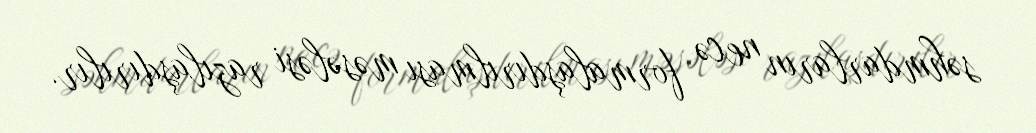
səhmdarların necə formalaşdırılması məsələsi razılaşdırılır.